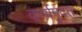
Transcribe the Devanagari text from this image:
कार्यमुदत